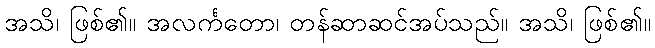
အသိ၊ ဖြစ်၏။ အလင်္ကတော၊ တန်ဆာဆင်အပ်သည်။ အသိ၊ ဖြစ်၏။